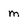
Character: m